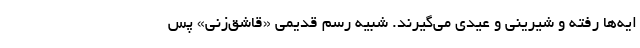
ایه‌ها رفته و شیرینی و عیدی می‌گیرند. شبیه رسم قدیمی «قاشق‌زنی» پس